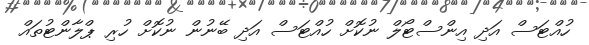
ހުއްޓަސް އަދި އިންސްޓޯލް ނުކޮށް ހުއްޓަސް އަދި ބޭނުން ނުކޮށް ހުރި ޕްލާންޓުތައް